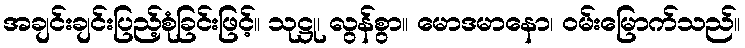
အချင်းချင်းပြည့်စုံခြင်းဖြင့်။ သုဋ္ဌု၊ လွန်စွာ။ မောဒမာနော၊ ဝမ်းမြောက်သည်။